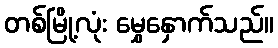
တစ်မြို့လုံး မွှေနှောက်သည်။